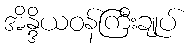
အိန္ဒိယဝန်ကြီးချုပ်